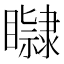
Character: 𥌤